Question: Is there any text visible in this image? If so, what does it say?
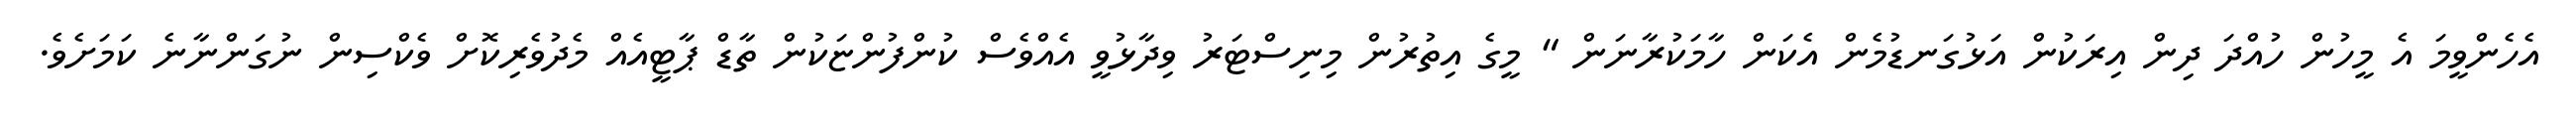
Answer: އެހެންވީމަ އެ މީހުން ހުއްދަ ދިން އިރަކުން އަޅުގަނޑުމެން އެކަން ހާމަކުރާނަން " މީގެ އިތުރުން މިނިސްޓަރު ވިދާޅުވީ އެއްވެސް ކުންފުންޏަކުން ތާޑް ޕާޓީއެއް މެދުވެރިކޮށް ވެކްސިން ނުގަންނާނެ ކަމަށެވެ.